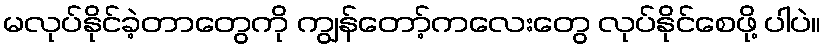
မလုပ်နိုင်ခဲ့တာတွေကို ကျွန်တော့်ကလေးတွေ လုပ်နိုင်စေဖို့ ပါပဲ။